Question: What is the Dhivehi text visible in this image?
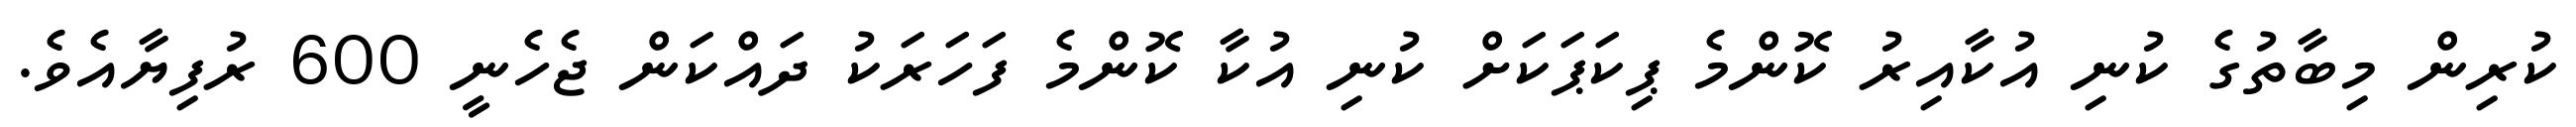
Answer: ކުރިން މިބާތުގެ ކުނި އުކާއިރު ކޮންމެ ޕިކަޕަކަށް ކުނި އުކާ ކޮންމެ ފަހަރަކު ދައްކަން ޖެހެނީ 600 ރުފިޔާއެވެ.